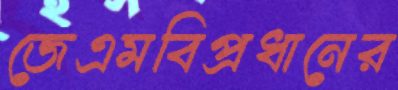
জেএমবিপ্রধানের